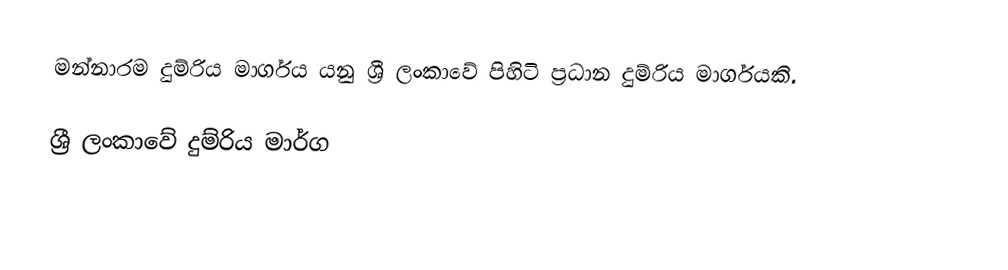
මන්නාරම දුම්රිය මාර්ගය යනු ශ්‍රී ලංකාවේ පිහිටි ප්‍රධාන දුම්රිය මාර්ගයකි.

ශ්‍රී ලංකාවේ දුම්රිය මාර්ග